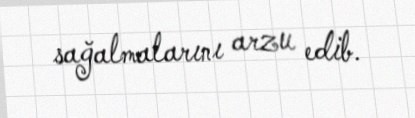
sağalmalarını arzu edib.